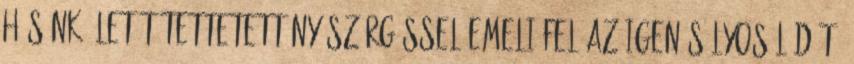
hősünk életét.Tettetett nyöszörgéssel emeli fel az igen súlyos ládát.